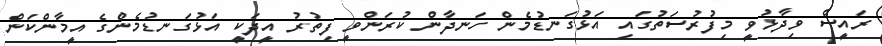
ރައީސް ވިދާޅުވީ މިފުރުސަތުގައި އަޅުގަނޑުމެން ހަނދާން ކުރަންވީ ފިތުރު އީދަކީ އަޅުގަނޑުމެންގެ އީމާންކަން